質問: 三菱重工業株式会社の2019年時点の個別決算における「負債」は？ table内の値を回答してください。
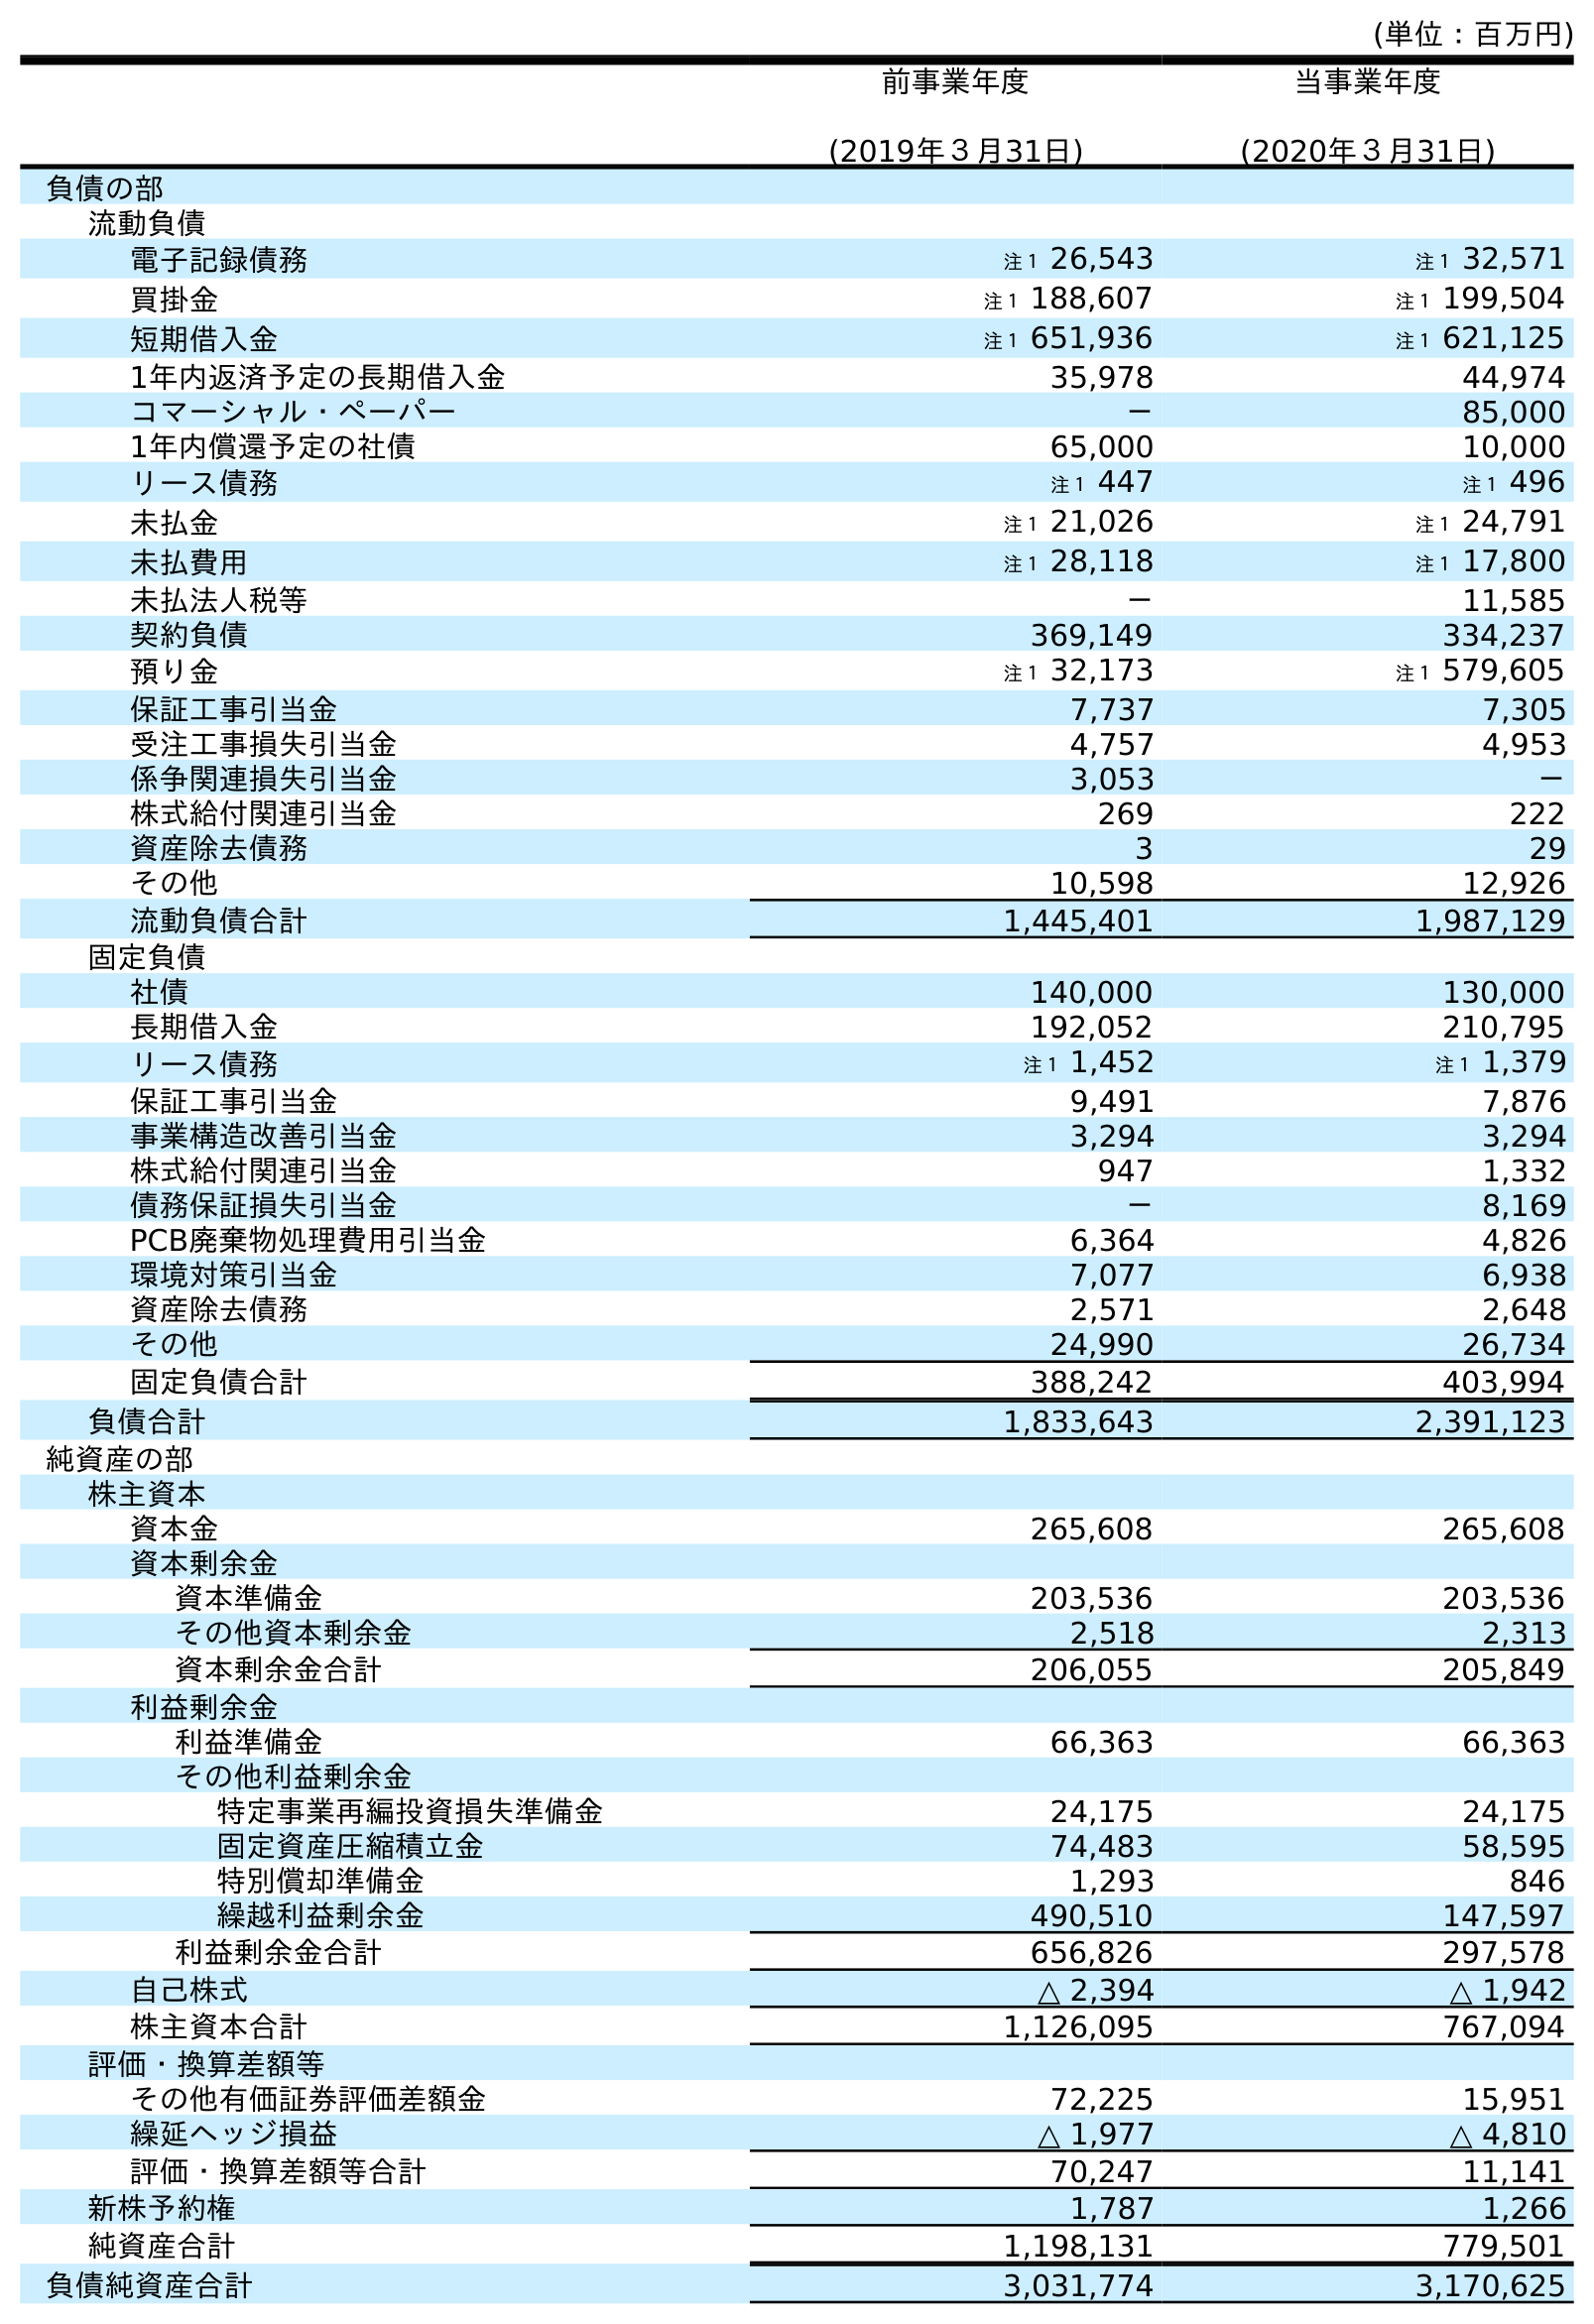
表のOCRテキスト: (単位：百万円) 前事業年度 (2019年３月31日) 当事業年度 (2020年３月31日) 負債の部 流動負債 電子記録債務 注１ 26,543 注１ 32,571 買掛金 注１ 188,607 注１ 199,504 短期借入金 注１ 651,936 注１ 621,125 1年内返済予定の長期借入金 35,978 44,974 コマーシャル・ペーパー － 85,000 1年内償還予定の社債 65,000 10,000 リース債務 注１ 447 注１ 496 未払金 注１ 21,026 注１ 24,791 未払費用 注１ 28,118 注１ 17,800 未払法人税等 － 11,585 契約負債 369,149 334,237 預り金 注１ 32,173 注１ 579,605 保証工事引当金 7,737 7,305 受注工事損失引当金 4,757 4,953 係争関連損失引当金 3,053 － 株式給付関連引当金 269 222 資産除去債務 3 29 その他 10,598 12,926 流動負債合計 1,445,401 1,987,129 固定負債 社債 140,000 130,000 長期借入金 192,052 210,795 リース債務 注１ 1,452 注１ 1,379 保証工事引当金 9,491 7,876 事業構造改善引当金 3,294 3,294 株式給付関連引当金 947 1,332 債務保証損失引当金 － 8,169 PCB廃棄物処理費用引当金 6,364 4,826 環境対策引当金 7,077 6,938 資産除去債務 2,571 2,648 その他 24,990 26,734 固定負債合計 388,242 403,994 負債合計 1,833,643 2,391,123 純資産の部 株主資本 資本金 265,608 265,608 資本剰余金 資本準備金 203,536 203,536 その他資本剰余金 2,518 2,313 資本剰余金合計 206,055 205,849 利益剰余金 利益準備金 66,363 66,363 その他利益剰余金 特定事業再編投資損失準備金 24,175 24,175 固定資産圧縮積立金 74,483 58,595 特別償却準備金 1,293 846 繰越利益剰余金 490,510 147,597 利益剰余金合計 656,826 297,578 自己株式 △ 2,394 △ 1,942 株主資本合計 1,126,095 767,094 評価・換算差額等 その他有価証券評価差額金 72,225 15,951 繰延ヘッジ損益 △ 1,977 △ 4,810 評価・換算差額等合計 70,247 11,141 新株予約権 1,787 1,266 純資産合計 1,198,131 779,501 負債純資産合計 3,031,774 3,170,625
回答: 1,833,643